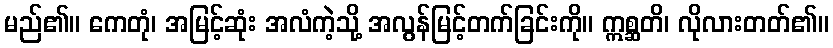
မည်၏။ ကေတုံ၊ အမြင့်ဆုံး အလံကဲ့သို့ အလွန်မြင့်တက်ခြင်းကို။ ဣစ္ဆတိ၊ လိုလားတတ်၏။